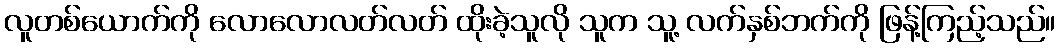
လူတစ်ယောက်ကို လောလောလတ်လတ် ထိုးခဲ့သူလို သူက သူ့ လက်နှစ်ဘက်ကို ဖြန့်ကြည့်သည်။